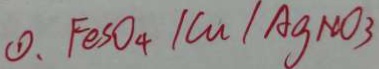
\textcircled { 1 } . F e s O _ { 4 } / C u / A g N O _ { 3 }